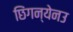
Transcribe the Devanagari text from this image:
छिंगन्येनउ